Triennial report on the lunatic asylums in the province of Eastern Bengal and Assam - 1903-1911
Year: 1903
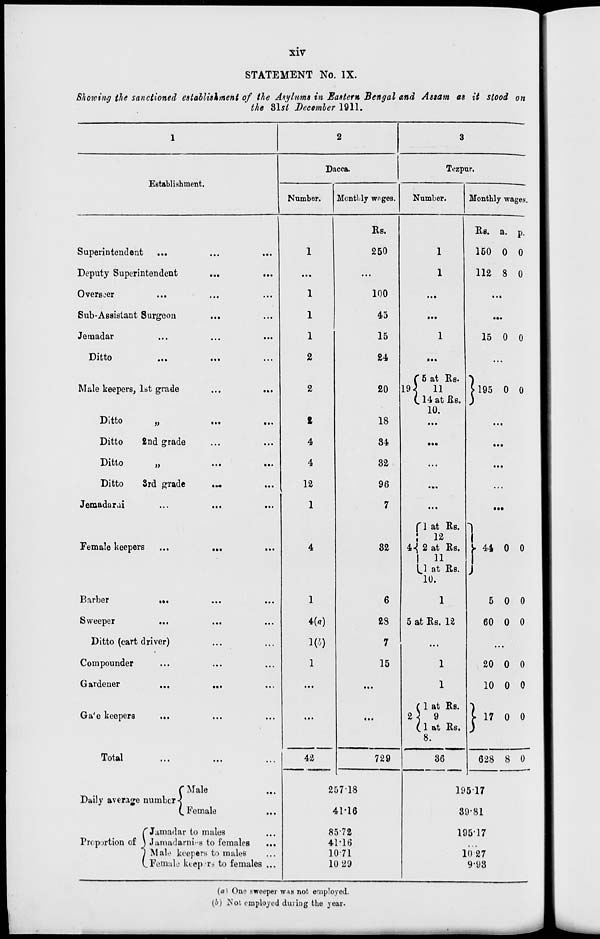
xiv
STATEMENT No. IX.
Showing the sanctioned establishment of the Asylums in Eastern Bengal and Assam as it stood on
the 31st December 1911.
1
Establishment.
Superintendent ... ... ...
Deputy Superintendent
...
...
Overseer
... ... ...
Sub-Assistant Surgeon ... ...
Jemadar ... ... ...
Ditto
...
... ...
Male keepers, 1st grade
...
...
Ditto
„
...
...
Ditto
2nd grade ... ...
Ditto
„
...
...
Ditto
3rd grade
... ...
Jemadarai
...
... ...
Female keepers ...
...
...
Barber
...
...
...
Sweeper ... ... ...
Ditto (cart driver) ... ...
Compounder ... ... ...
Gardener
...
...
...
Gate keepers
... ... ...
Total ... ... ...
Daily average number
Proportion of
Male ...
Female ...
Jamadar to males ...
Jamadarnies to females ...
Male keepers to males ...
Female keepers to females ...
2
Dacca.
Number.
1
...
1
1
1
2
2
2
4
4
12
1
4
1
4(a)
1(b)
1
...
...
42
Monthly wages.
Rs.
250
...
100
45
15
24
20
18
34
32
96
7
32
6
28
7
15
...
...
729
257.18
41.16
85.72
41.16
10.71
10.29
3
Tezpur.
Number.
1
1
...
...
1
...
19
5 at Rs.
11
14 at Rs.
10.
...
...
...
...
...
4
1 at Rs.
12
2 at Rs.
11
1 at Rs.
10.
1
5 at Rs. 12
...
1
1
2
1 at Rs.
9
1 at Rs.
8.
36
Monthly wages.
Rs.
150
112
a.
0
8
p.
0
0
...
...
15 0 0
...
195 0 0
...
...
...
...
...
44
5
60
0
0
0
0
0
0
...
20
10
17
628
0
0
0
8
0
0
0
0
195.17
39.81
195.17
...
10.27
9.93
(a) One sweeper was not employed.
(b) Not employed during the year.